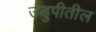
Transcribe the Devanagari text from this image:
उडुपीतील